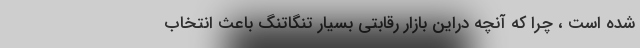
شده است ، چرا که آنچه دراین بازار رقابتی بسیار تنگاتنگ باعث انتخاب